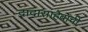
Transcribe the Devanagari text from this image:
दादासाहेबांची